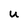
Character: U